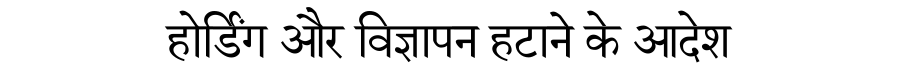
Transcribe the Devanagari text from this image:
होर्डिंग और विज्ञापन हटाने के आदेश